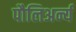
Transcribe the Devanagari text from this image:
पौलिअर्न्य